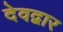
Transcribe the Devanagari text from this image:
देवद्वार